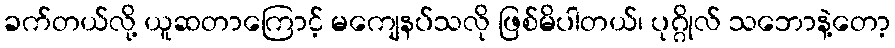
ခက်တယ်လို့ ယူဆတာကြောင့် မကျေနပ်သလို ဖြစ်မိပါတယ်၊ ပုဂ္ဂိုလ် သဘောနဲ့တော့